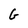
Character: G